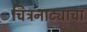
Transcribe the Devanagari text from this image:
चित्रनाट्याचा